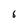
Character: 6